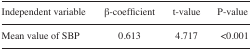
<table><thead><tr><td><b>Independent variable</b></td><td><b>β-coefficient</b></td><td><b>t-value</b></td><td><b>P-value</b></td></tr></thead><tbody><tr><td>Mean value of SBP</td><td>0.613</td><td>4.717</td><td>&lt;0.001</td></tr></tbody></table>